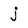
Character: j